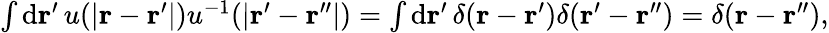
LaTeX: \begin{array}{r}{\int\mathrm{d}\mathbf{r}^{\prime}\, u(\vert\mathbf{r}-\mathbf{r}^{\prime}\vert)u^{-1}(\vert\mathbf{r}^{\prime}-\mathbf{r}^{\prime\prime}\vert)=\int\mathrm{d}\mathbf{r}^{\prime}\, \delta(\mathbf{r}-\mathbf{r}^{\prime})\delta(\mathbf{r}^{\prime}-\mathbf{r}^{\prime\prime})=\delta(\mathbf{r}-\mathbf{r}^{\prime\prime}),}\end{array}